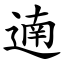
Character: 遖